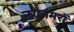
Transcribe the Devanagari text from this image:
नयनमरों